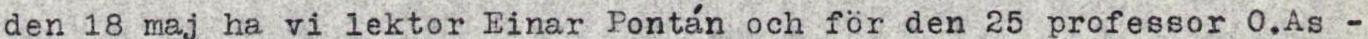
den 18 maj ha vi lektor Einar Pontán och för den 25 professor O.As -